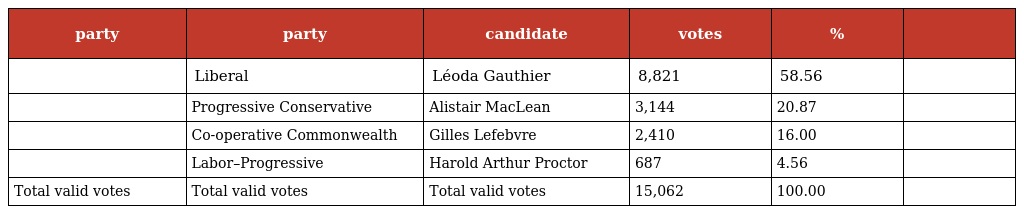
| party | party | candidate | votes | % |  |
 | --- | --- | --- | --- | --- | --- |
 |  | Liberal | Léoda Gauthier | 8,821 | 58.56 |  |
 |  | Progressive Conservative | Alistair MacLean | 3,144 | 20.87 |  |
 |  | Co-operative Commonwealth | Gilles Lefebvre | 2,410 | 16.00 |  |
 |  | Labor–Progressive | Harold Arthur Proctor | 687 | 4.56 |  |
 | Total valid votes | Total valid votes | Total valid votes | 15,062 | 100.00 |  |